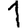
Digit: 1